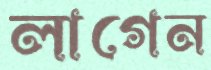
লাগেন